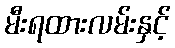
မီးရထားလမ်းနှင့်